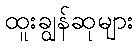
ထူးချွန်ဆုများ